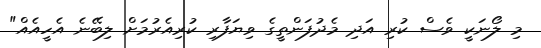
މި ލޯނަކީ ވެސް ކުރި އަދި މެދުފަންތީގެ ވިޔަފާރި ކުރިއެރުމަށް ލިބޭނެ އެހީއެއް"